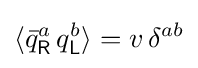
\langle {\bar {q}}_{\mathsf {R}}^{a}\,q_{\mathsf {L}}^{b}\rangle =v\,\delta ^{ab}